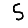
Digit: 5